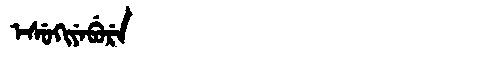
Manchu: ᡝᠰᡠᡴᡳᠶᡝᠪᡠᡵᡝ
Romanization: ESUKIYEBURE